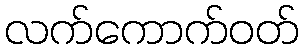
လက်ကောက်ဝတ်